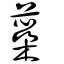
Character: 蘂